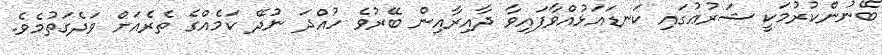
ބޭނުންކުރުމަކީ ޝަރުޢުގައި ކަނޑައަޅުއްވާފައިވާ ދާއިރާއިން ބޭރުވެ ހުއްދަ ނުދޭ ކަމެއްގެ ތެރެއަށް ވަދެގަތުމެވެ.